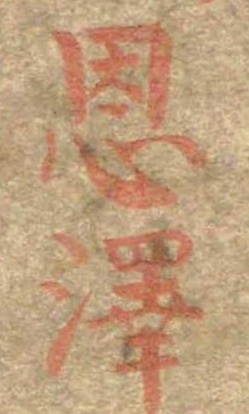
恩沢